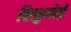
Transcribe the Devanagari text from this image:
किकुनेई